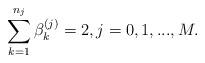
LaTeX: \begin{align*}\sum_{k=1}^{n_j}\beta_k^{(j)}=2,j=0,1,...,M.\end{align*}